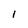
Character: l